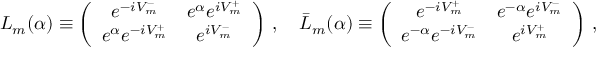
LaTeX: L _ { m } ( \alpha ) \equiv \left( \begin{array} { c c } { { e ^ { - i V _ { m } ^ { - } } } } & { { e ^ { \alpha } e ^ { i V _ { m } ^ { + } } } } \\ { { e ^ { \alpha } e ^ { - i V _ { m } ^ { + } } } } & { { e ^ { i V _ { m } ^ { - } } } } \end{array} \right) \, , \quad \bar { L } _ { m } ( \alpha ) \equiv \left( \begin{array} { c c } { { e ^ { - i V _ { m } ^ { + } } } } & { { e ^ { - \alpha } e ^ { i V _ { m } ^ { - } } } } \\ { { e ^ { - \alpha } e ^ { - i V _ { m } ^ { - } } } } & { { e ^ { i V _ { m } ^ { + } } } } \end{array} \right) \, ,